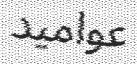
عواميد